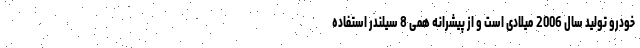
خودرو تولید سال 2006 میلادی است و از پیشرانه هِمی 8 سیلندر استفاده